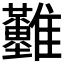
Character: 𩁪